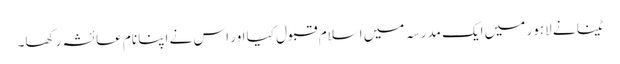
ٹینا نے لاہور میں ایک مدرسہ میں اسلام قبول کیا اور اس نے اپنا نام عائشہ رکھا۔